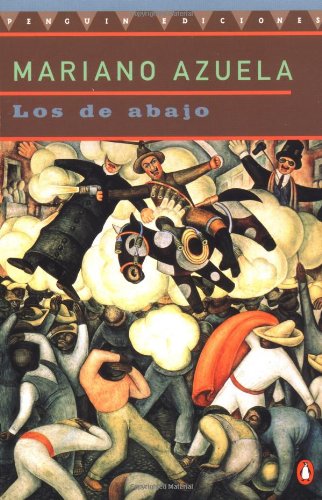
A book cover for Los de abajo; Mariano Azuela; Literature & Fiction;